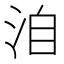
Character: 洎